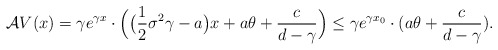
\begin{align*}\mathcal{A}V(x) = \gamma e^{\gamma x} \cdot \Big( \big(\frac{1}{2}\sigma^2\gamma-a\big)x+a\theta+\frac{c}{d-\gamma} \Big) \le \gamma e^{\gamma x_0} \cdot (a\theta+\frac{c}{d-\gamma} ) .\end{align*}